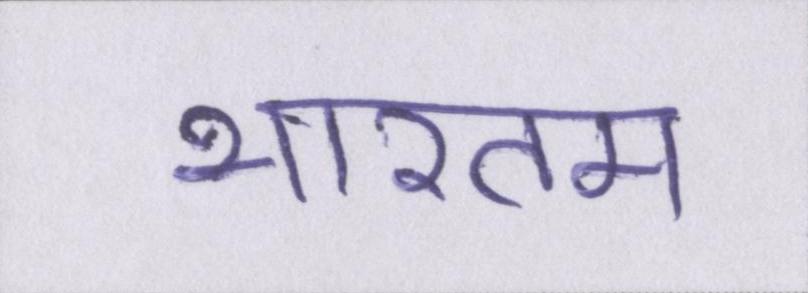
भारतम